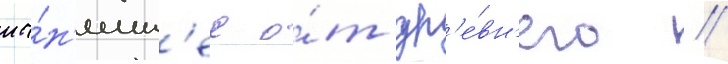
ны́н'ешн'ее о́т др'е́вн'его //